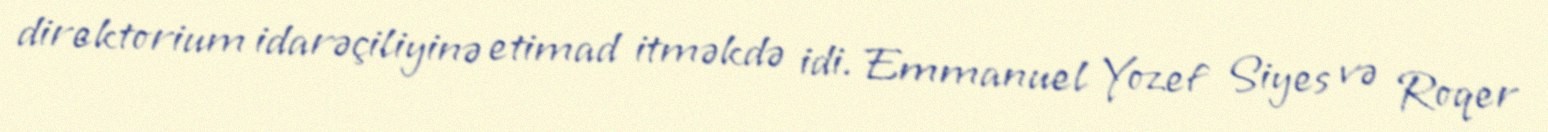
direktorium idarəçiliyinə etimad itməkdə idi. Emmanuel Yozef Siyes və Roqer